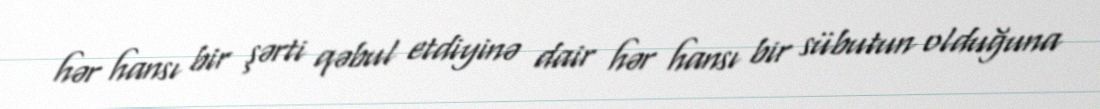
hər hansı bir şərti qəbul etdiyinə dair hər hansı bir sübutun olduğuna